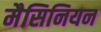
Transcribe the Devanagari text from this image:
मैसिनियन